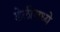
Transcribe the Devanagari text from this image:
डेलीमध्ये